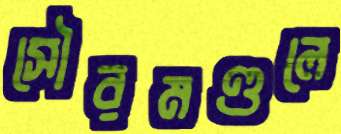
সৌরমণ্ডলে